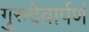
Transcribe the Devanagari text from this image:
गुरुदेवार्पणं